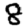
Digit: 8